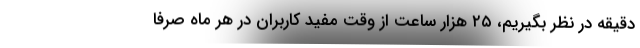
دقیقه در نظر بگیریم، ۲۵ هزار ساعت از وقت مفید کاربران در هر ماه صرفاً